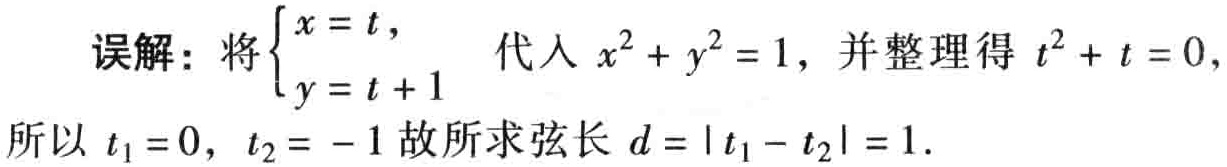
误解：将$\begin{cases}x = t,\\y = t + 1\end{cases}$代入$x^{2}+y^{2}=1$，并整理得$t^{2}+t = 0,$所以$t_{1}=0,\ t_{2}=-1$故所求弦长$d = |t_{1}-t_{2}| = 1.$